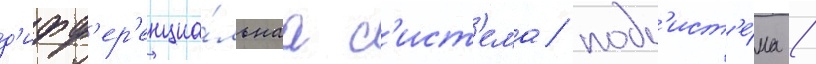
д'ифф'ер'енциа́льнаа с'ист'ема/ подс'ист'е́ма /